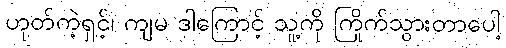
ဟုတ်ကဲ့ရှင့်၊ ကျမ ဒါကြောင့် သူ့ကို ကြိုက်သွားတာပေါ့